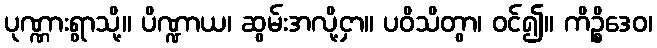
ပုဏ္ဏားရွာသို့။ ပိဏ္ဍာယ၊ ဆွမ်းအလို့ငှာ။ ပဝိသိတွာ၊ ဝင်၍။ ကိဉ္စိဒေဝ၊